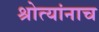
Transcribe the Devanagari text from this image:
श्रोत्यांनाच